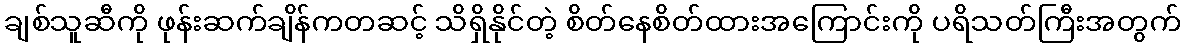
ချစ်သူဆီကို ဖုန်းဆက်ချိန်ကတဆင့် သိရှိနိုင်တဲ့ စိတ်နေစိတ်ထားအကြောင်းကို ပရိသတ်ကြီးအတွက်